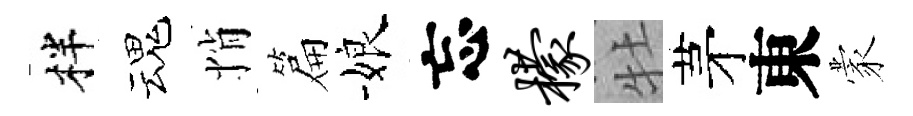
柈魂悄篇娘忘檬牡茅東蒙